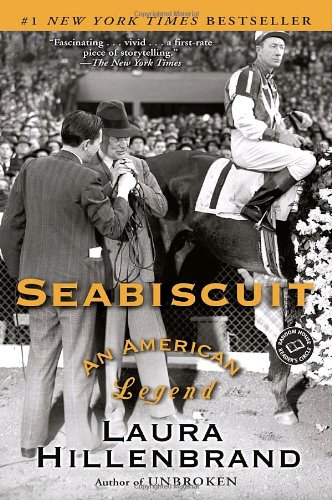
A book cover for Seabiscuit: An American Legend (Ballantine Reader's Circle); Laura Hillenbrand; Biographies & Memoirs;